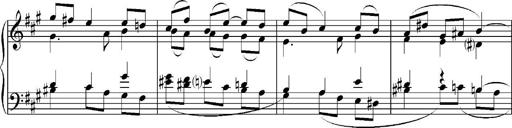
Title: Sonatina No.5
Composer: Otto Stoll
Key: F-sharp minor